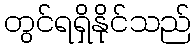
တွင်ရရှိနိုင်သည်